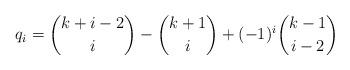
LaTeX: \begin{align*}q_i=\binom{k+i-2}{i}-\binom{k+1}{i}+(-1)^i\binom{k-1}{i-2}\end{align*}